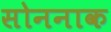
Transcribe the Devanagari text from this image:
सोननाक